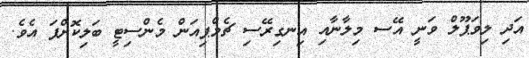
އަދި ލިވަޕޫލް ވަނީ އޭސ މިލާނާއި އިނގިރޭސި ޗެމްޕިއަން މެންސިޓީ ބަލިކޮށްފަ އެވެ.